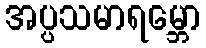
အပ္ပသမာရမ္ဘော